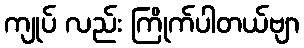
ကျုပ် လည်း ကြိုက်ပါတယ်ဗျာ